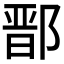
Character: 鄑